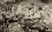
نعم